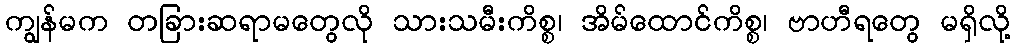
ကျွန်မက တခြားဆရာမတွေလို သားသမီးကိစ္စ၊ အိမ်ထောင်ကိစ္စ၊ ဗာဟီရတွေ မရှိလို့